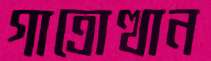
গাত্রোত্থান